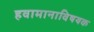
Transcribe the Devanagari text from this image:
हवामानाविषयक